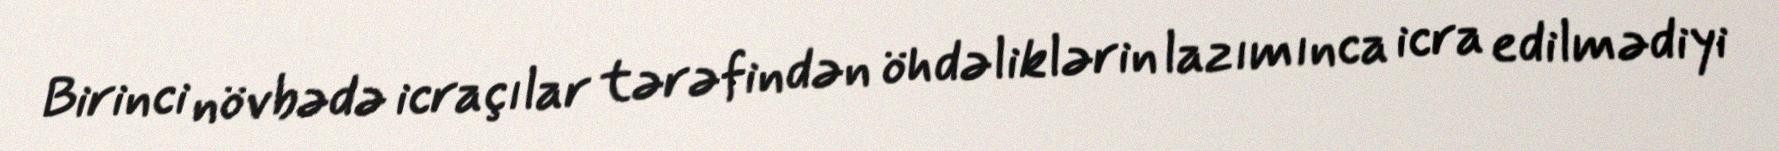
Birinci növbədə icraçılar tərəfindən öhdəliklərin lazımınca icra edilmədiyi